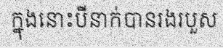
ក្នុងនោះបីនាក់បានរងរបួស